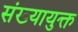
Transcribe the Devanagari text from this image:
संख्यायुक्त